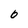
Character: 0